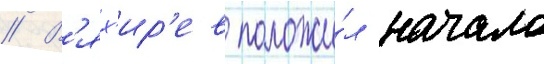
// В'ях'ир'ев положи́л начало